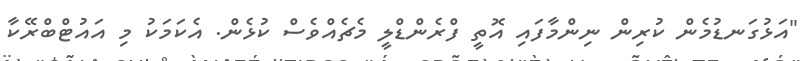
"އަޅުގަނޑުމެން ކުރިން ނިންމާފައި އޮތީ ފްރެންޑްލީ މެޗެއްވެސް ކުޅެން. އެކަމަކު މި އައުޓްބްރޭކާ